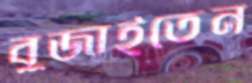
বুজাইতেন